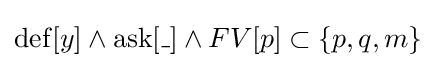
\operatorname {def} [y]\land \operatorname {ask} [\_]\land FV[p]\subset \{p,q,m\}